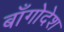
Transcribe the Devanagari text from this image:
बाँगोदेश